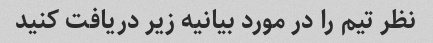
نظر تیم را در مورد بیانیه زیر دریافت کنید